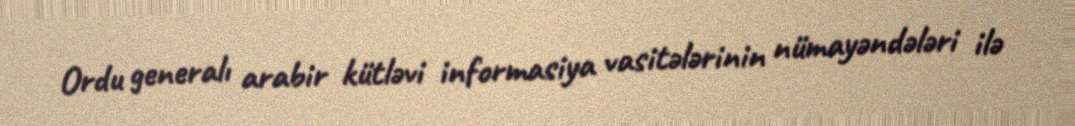
Ordu generalı arabir kütləvi informasiya vasitələrinin nümayəndələri ilə